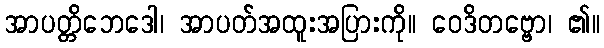
အာပတ္တိဘေဒေါ၊ အာပတ်အထူးအပြားကို။ ဝေဒိတဗ္ဗော၊ ၏။